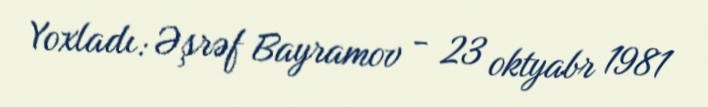
Yoxladı: Əşrəf Bayramov - 23 oktyabr 1981